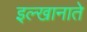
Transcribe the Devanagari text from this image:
इल्खानाते